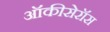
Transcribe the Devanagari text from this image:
ऑकीसेरॉस